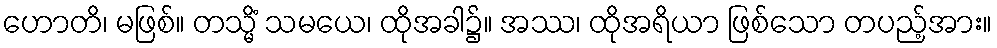
ဟောတိ၊ မဖြစ်။ တသ္မိံ သမယေ၊ ထိုအခါ၌။ အဿ၊ ထိုအရိယာ ဖြစ်သော တပည့်အား။